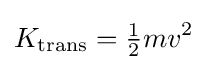
K_{\text{trans}}={\tfrac {1}{2}}mv^{2}